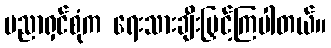
ပညာရှင်စုံက ရေးသားချီးမြှင့်ကြပါတယ်။